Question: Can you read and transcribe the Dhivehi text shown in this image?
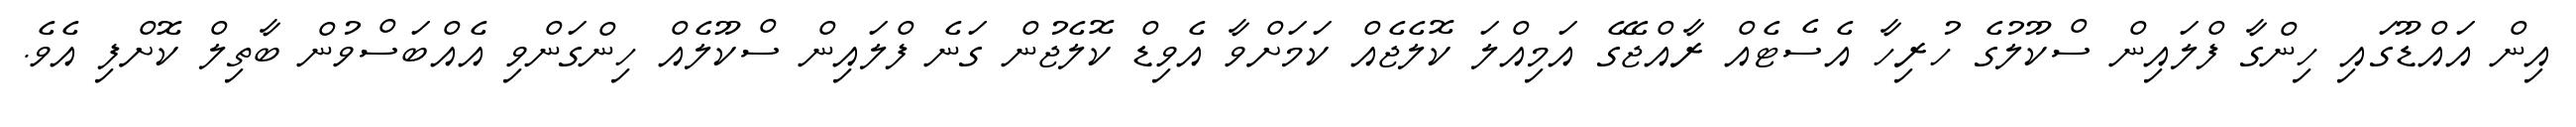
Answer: އިން އައްޑޫގައި ހިންގާ ފްލައިން ސްކޫލުގެ ހުރިހާ އެސެޓެއް ރާއްޖޭގެ އަމިއްލަ ކޮލެޖެއް ކަމަށްވާ އެވިޑް ކޮލެޖުން ގަނެ ފްލައިން ސްކޫލެއް ހިންގަންވި އެއްބަސްވުން ބާތިލް ކޮށްފި އެވެ.